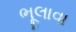
ભૂલાવા